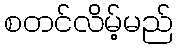
စတင်လိမ့်မည်